Leaving Certificate Examination (including Day School Certificate (Higher) General paper), 1928
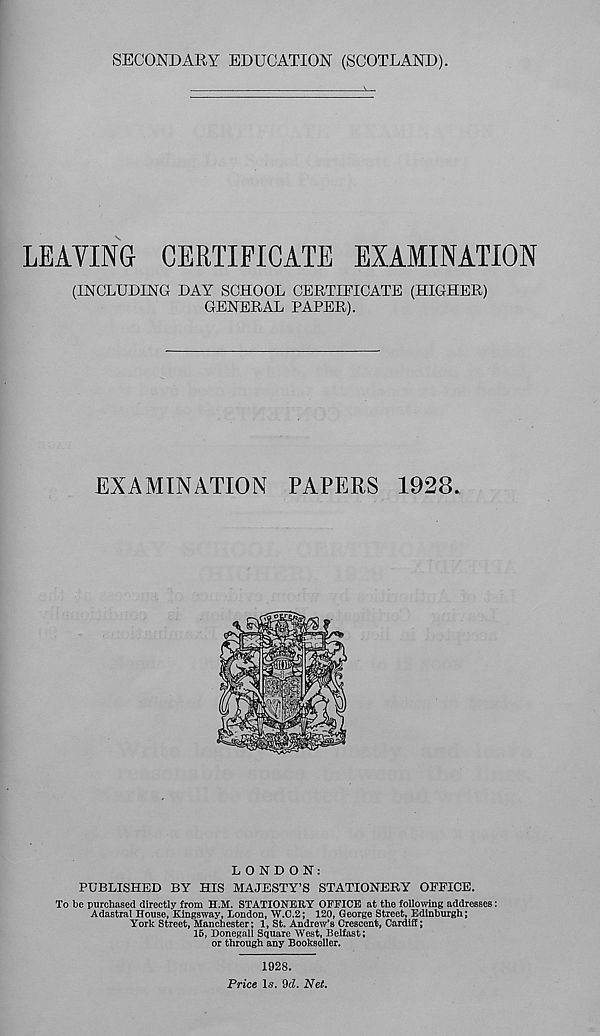
SECONDARY EDUCATION (SCOTLAND).
LEAVING CERTIFICATE EXAMINATION
(INCLUDING DAY SCHOOL CERTIFICATE (HIGHER)
GENERAL PAPER).
EXAMINATION PAPERS 1928.
LONDON:
PUBLISHED BY HIS MAJESTY’S STATIONERY OFFICE.
To be purchased directly from H.M. STATIONERY OFFICE at the following addresses:
Adastral House, Kingsway, London, W.C.2; 120, George Street, Edinburgh;
York Street, Manchester; 1, St. Andrew’s Crescent, Cardiff;
15, Donegall Square West, Belfast;
or through any Bookseller.
1928.
Price Is. 9cZ. Net.